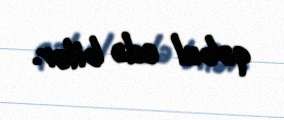
qəbul edə bilər.